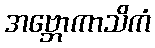
အဗ္ဘောကာသိကံ